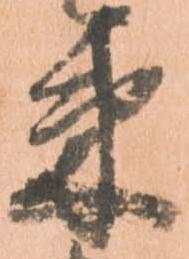
束